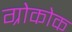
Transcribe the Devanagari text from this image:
ग्रोकोक